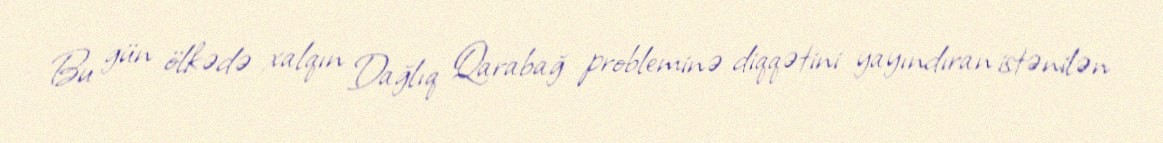
Bu gün ölkədə xalqın Dağlıq Qarabağ probleminə diqqətini yayındıran istənilən